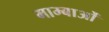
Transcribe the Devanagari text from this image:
माम्बाओं